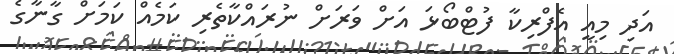
އަދި މިއީ އެފްރިކާ ފުޓްބޯޅަ އަށް ވަރަށް ނުރައްކާތެރި ކަމެއް ކަމަށް ގާނާގެ